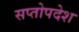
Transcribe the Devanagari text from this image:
सप्तोपदेश